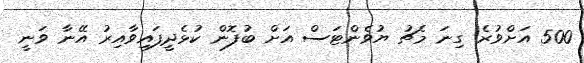
500 އަށްވުރެ ގިނަ މެޗު ޔުވެންޓަސް އަށް ބުފޮން ކުޅެދީފައިވާއިރު އޭނާ ވަނީ